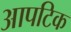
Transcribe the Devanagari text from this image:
आपटिक